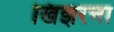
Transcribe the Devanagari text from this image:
खिझरचा